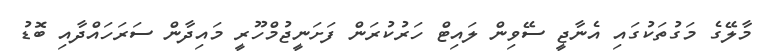
މާލޭގެ މަގުތަކުގައި އެނާޖީ ސޭވިން ލައިޓް ހަރުކުރަން ފަށަނީޖުމްހޫރީ މައިދާން ސަރަހައްދާއި ބޮޑު